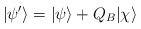
\begin{align*}| \psi'\rangle = |\psi\rangle + Q_B |\chi\rangle\end{align*}